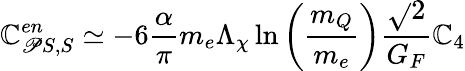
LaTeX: \mathbb{C}_{\mathscr{P}S,S}^{en}\simeq-6\frac{{\alpha}}{{\pi}}m_{e}\Lambda_{\chi}\ln\left(\frac{{m_{Q}}}{{m_{e}}}\right)\frac{{\sqrt{}{{2}}}}{{G_{F}}}\mathbb{C}_{4}